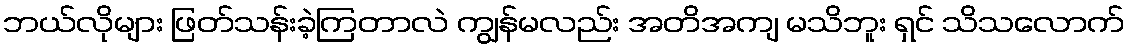
ဘယ်လိုများ ဖြတ်သန်းခဲ့ကြတာလဲ ကျွန်မလည်း အတိအကျ မသိဘူး ရှင် သိသလောက်